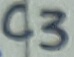
Text: C3